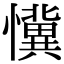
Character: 懻